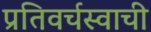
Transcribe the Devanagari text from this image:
प्रतिवर्चस्वाची